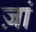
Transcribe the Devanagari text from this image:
ज़ां